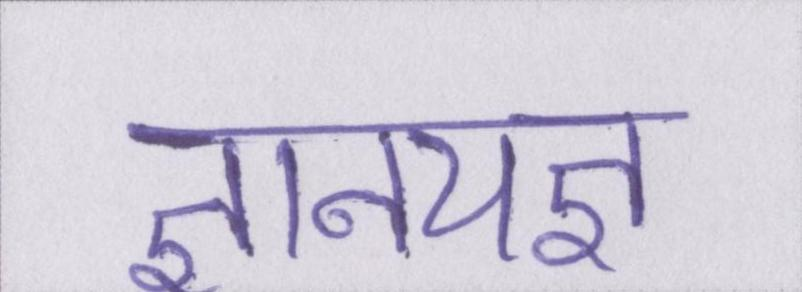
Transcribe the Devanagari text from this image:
ज्ञानयज्ञ